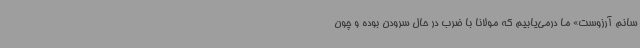
سانم آرزوست» ما درمی‌یابیم که مولانا با ضرب در حال سرودن بوده و چون